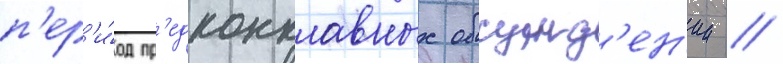
п'ер'и́од пр'едконклавных обсужд'ен'ии //